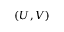
( U , V )